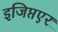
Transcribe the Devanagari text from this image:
इजिप्तएर